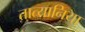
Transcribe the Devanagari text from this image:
तात्यानिया